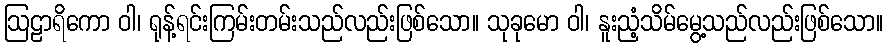
ဩဠာရိကော ဝါ၊ ရုန့်ရင်းကြမ်းတမ်းသည်လည်းဖြစ်သော။ သုခုမော ဝါ၊ နူးညံ့သိမ်မွေ့သည်လည်းဖြစ်သော။